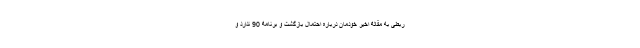
ربطی به مقالۀ اخیر خودمان دربارۀ احتمال بازگشت و برنامۀ 90 ندارد و